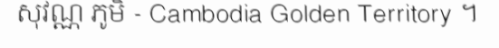
សុវណ្ណ ភូមិ - Cambodia Golden Territory ។